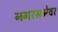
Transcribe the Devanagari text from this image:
नगरसभेवर